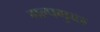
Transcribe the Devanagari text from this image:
गल्पगुच्छ